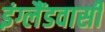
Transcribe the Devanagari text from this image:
इंग्लैंडवासी